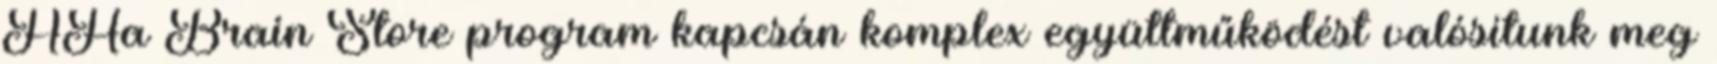
AHa Brain Store program kapcsán komplex együttműködést valósítunk meg